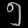
Digit: ၅